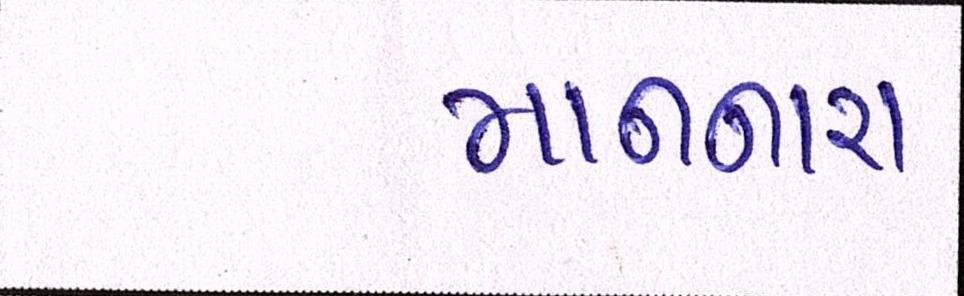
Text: માનનારા